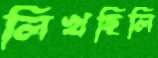
লিখছিলি